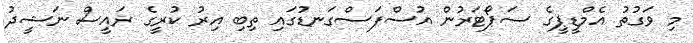
މި ވަގުތު އެމްޑީޕީގެ ސަޕޯޓަރުން އުސްފަސްގަނޑުގައި ތިބި އިރު ކުރީގެ ރައީސް ނަޝީދު